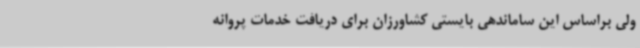
ولی براساس این ساماندهی بایستی کشاورزان برای دریافت خدمات پروانه